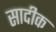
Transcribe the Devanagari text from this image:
सादीक